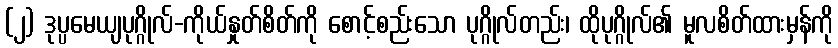
(၂) ဒုပ္ပမေယျပုဂ္ဂိုလ်-ကိုယ်နှုတ်စိတ်ကို စောင့်စည်းသော ပုဂ္ဂိုလ်တည်း၊ ထိုပုဂ္ဂိုလ်၏ မူလစိတ်ထားမှန်ကို